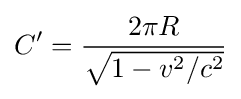
C^{\prime }={\frac {2\pi R}{\sqrt {1-v^{2}/c^{2}}}}